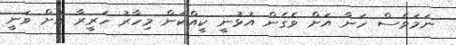
ނަމަވެސް ހަނާ އަށް ވެގެން އުޅުނީ ކީއްކަން މިހާރު ހަރީރާ އަށް ވަނީ